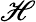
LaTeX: \mathscr{H}